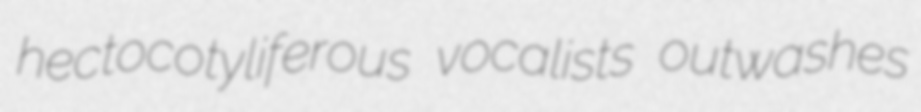
hectocotyliferous vocalists outwashes